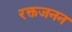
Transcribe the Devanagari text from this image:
रक्तजनन